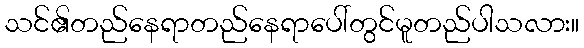
သင်၏တည်နေရာတည်နေရာပေါ်တွင်မူတည်ပါသလား။